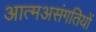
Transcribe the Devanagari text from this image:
आत्मअसंगतियों